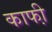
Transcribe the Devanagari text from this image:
काफी़